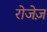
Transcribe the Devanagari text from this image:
रोजेज़